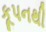
કૂપનથી